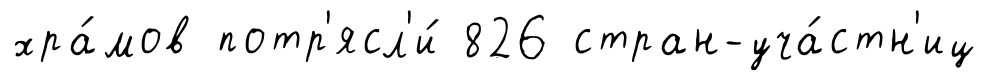
хра́мов потр'ясл'и́ 826 стран-уча́стн'иц